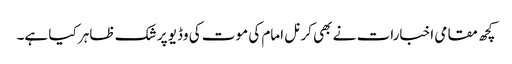
کچھ مقامی اخبارات نے بھی کرنل امام کی موت کی وڈیو پر شک ظاہر کیا ہے۔